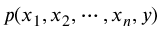
p ( x _ { 1 } , x _ { 2 } , \cdots , x _ { n } , y )